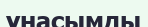
үнасымды